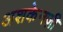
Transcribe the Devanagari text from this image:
अशकेनज़ी